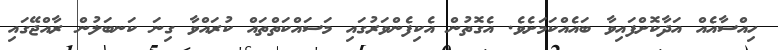
ހިއްސާއެއް އަދާކޮށްފައިވާ ބައެއްކަމަށެވެ. އެގޮތުން އެކިފެންވަރުގައި މަސައްކަތްތައް ކުރައްވާ ގިނަ ކަނބަލުން ރާއްޖޭގައި